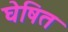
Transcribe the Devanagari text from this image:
घेषित